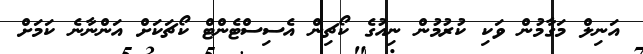
އަނިލް މަގާމުން ވަކި ކުރުމުން ނިއުގެ ކޯޗިން އެސިސްޓެންޓް ކޯޗަކަށް އަންނާނެ ކަމަށް